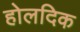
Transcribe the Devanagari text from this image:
होलदिक